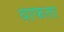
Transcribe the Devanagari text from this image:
याफता